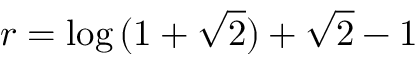
r = \log { ( 1 + \sqrt { 2 } ) } + \sqrt { 2 } - 1